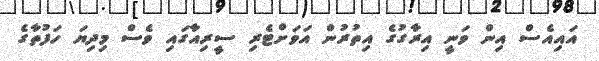
އައިއެސް އިން ވަނީ އިރާގުގެ އިތުރުން އަވަށްޓެރި ސީރިއާގައި ވެސް މިދިޔަ ހަފުތާގެ